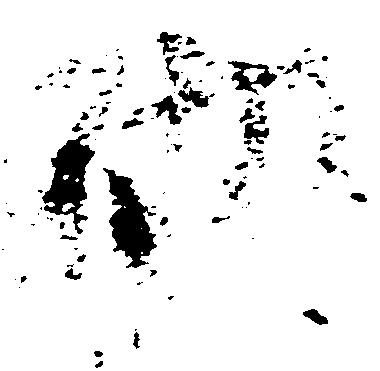
砌